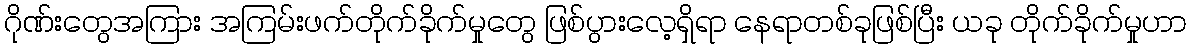
ဂိုဏ်းတွေအကြား အကြမ်းဖက်တိုက်ခိုက်မှုတွေ ဖြစ်ပွားလေ့ရှိရာ နေရာတစ်ခုဖြစ်ပြီး ယခု တိုက်ခိုက်မှုဟာ